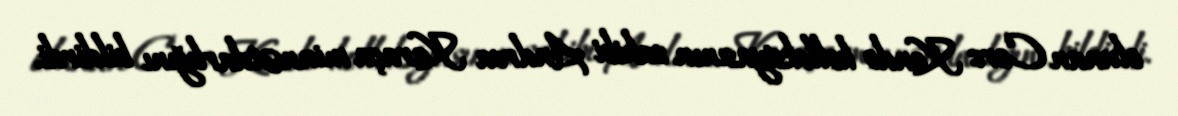
olunan Corc Kondo kolleksiyasının sahibi Andrea Karaça minnətdarlığını bildirdi.